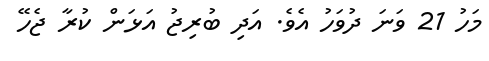
މަހު 21 ވަނަ ދުވަހު އެވެ. އަދި ބުރިޖު އަޅަން ކުރާ ޖެހޭ